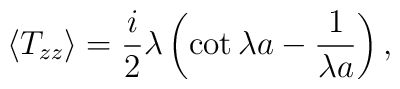
\langle T_{zz}\rangle={i\over2}\lambda\left(\cot\lambda a-{1\over\lambda a}\right),